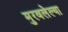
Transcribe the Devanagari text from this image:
मुरवलेल्या